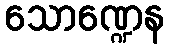
သောဏ္ဍေန